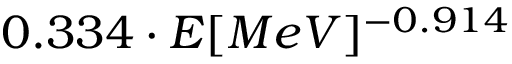
0 . 3 3 4 \cdot E [ M e V ] ^ { - 0 . 9 1 4 }